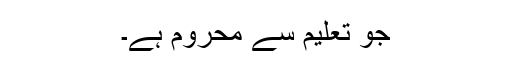
جو تعلیم سے محروم ہے۔